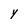
Character: Y